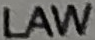
LAW